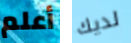
أعلم لديك